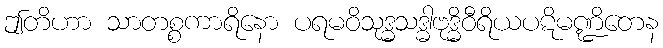
ဤတိဟာ သာတစ္စကာရိနော ပရမဝိသုဒ္ဓသဒ္ဓါဗုဒ္ဓိဝီရိယပဋိမဏ္ဍိတေန